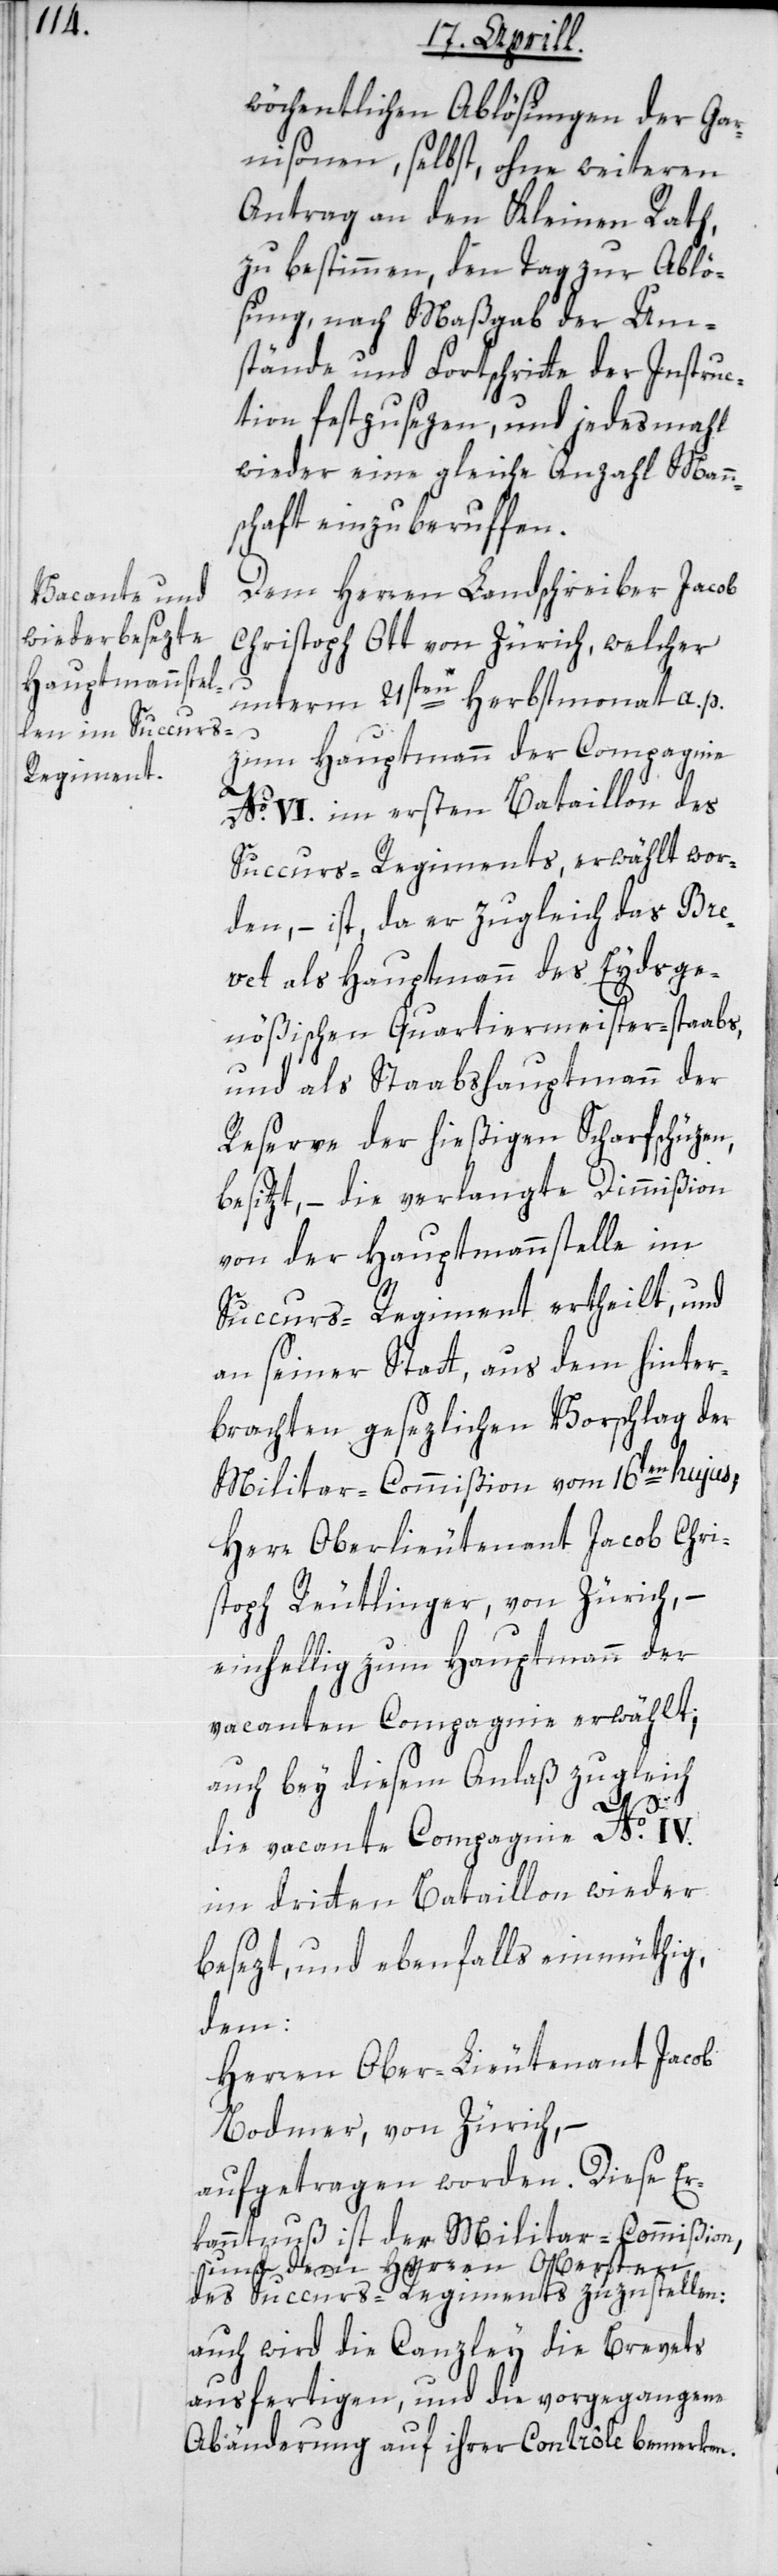
wöchentlichen Ablösungen der Gar¬
nisonen, selbst, ohne weiteren
Antrag an den Kleinen Rath,
zu bestimmen, den Tag zur Ablö¬
sung, nach Maßgab der Um¬
stände und Fortschritte der Instruc¬
tion festzusezen, und jedes mahl
wieder eine gleiche Anzahl Mann¬
schaft einzuberuffen.
Dem Herren Landschreiber Jacob
Christoph Ott von Zürich, welcher
unterm 21sten Herbstmonat a. p.
zum Hauptmann der Compagnie
No. VI. im ersten Bataillon des
Succurs-Regiments erwählt wor¬
den, – ist, da er zugleich das Bre¬
vet als Hauptmann des Eydsge¬
nößischen Quartiermeister-staabs,
und als Staabshauptmann der
Reserve der hießigen Scharfschüzen
besitzt, – die verlangte Dimmißion
von der Hauptmannstelle im
Succurs-Regiment ertheilt, und
an seiner Statt, aus dem hinter¬
brachten gesetzlichen Vorschlag der
Militar-Commißion vom 16ten hujus,
Herr Oberlieutenant Jacob Chri¬
stoph Reutlinger von Zürich, –
einhellig zum Hauptmann der
vacanten Compagnie erwählt;
auch bey diesem Anlaß zugleich
die vacante Compagnie No. IV.
im dritten Bataillon wieder
besezt, und ebenfalls einmüthig,
dem:
Herren Oberlieutenant Jacob
Bodmer von Zürich, –
aufgetragen worden. Diese Er¬
kanntnuß ist der Militar-Commißion,
und dem Herren Obersten
des Succurs-Regiments zuzustellen:
auch wird die Canzley die Brevets
ausfertigen und die vorgegangenen
Abänderung auf ihrer Contrôle bemerken.